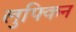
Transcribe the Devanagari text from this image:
लुफ्किन